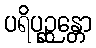
ပရိပုဉ္ဆန္တော